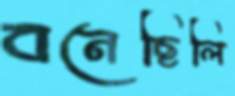
বনেছিলি